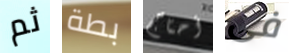
ثم بطة أحتاج فى